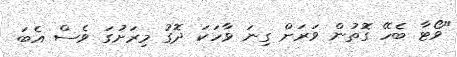
"ވޯޓާ ބެހޭ ގޮތުން ވަރަށް ގިނަ ވާހަކަ ދޮގު މިރަށުގަ ވެސް އެބަ